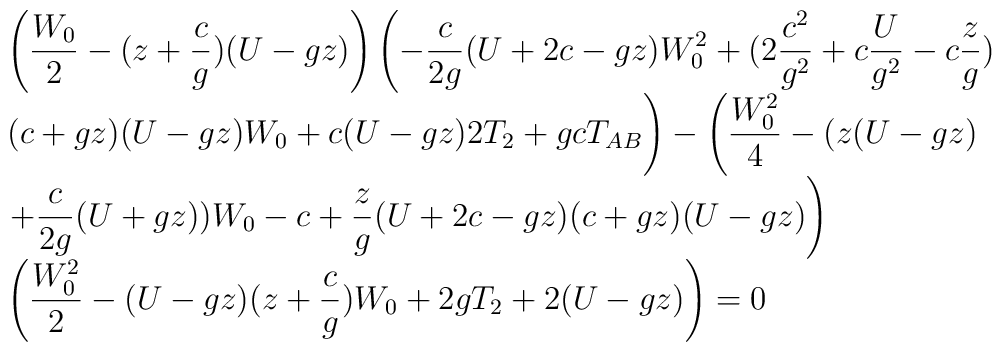
\begin{array}{l}{\displaystyle \left( {W_0\over 2}-(z+{c\over g})(U-g z)\right) \left( -{c \over 2 g} (U+2 c-g z)W_0^2 +(2{ c^2\over g^2}+c {U\over g^2}-c {z\over g})\right. }\\{\displaystyle  (c+g z) (U-g z)W_0+c (U-g z) 2 T_2 +g c T_{AB} \Bigg) -\left( {W_0^2 \over 4} -(z(U-g z) \right. } \\{\displaystyle \left.+{c\over 2 g} (U+g z))W_0 -c+{z\over g}(U+2 c-g z)(c+g z)(U-g z)\right)}\\{\displaystyle \left( {W_0^2\over 2}  -(U-g z)(z+{c\over g})W_0+2 g T_2+2 (U-g z)\right) =0}\\\end{array}